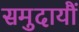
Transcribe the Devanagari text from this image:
समुदायौं